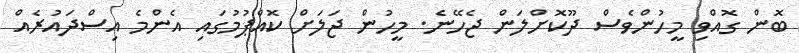
ބޮން ގޮއްވި މީހުންވެސް ދޫކޮށްލަން ޖެހޭނެ. މީހުން ޖަލަށް ކޮއްޕުމުގައި އެންމެ އިސްދައުރެއް